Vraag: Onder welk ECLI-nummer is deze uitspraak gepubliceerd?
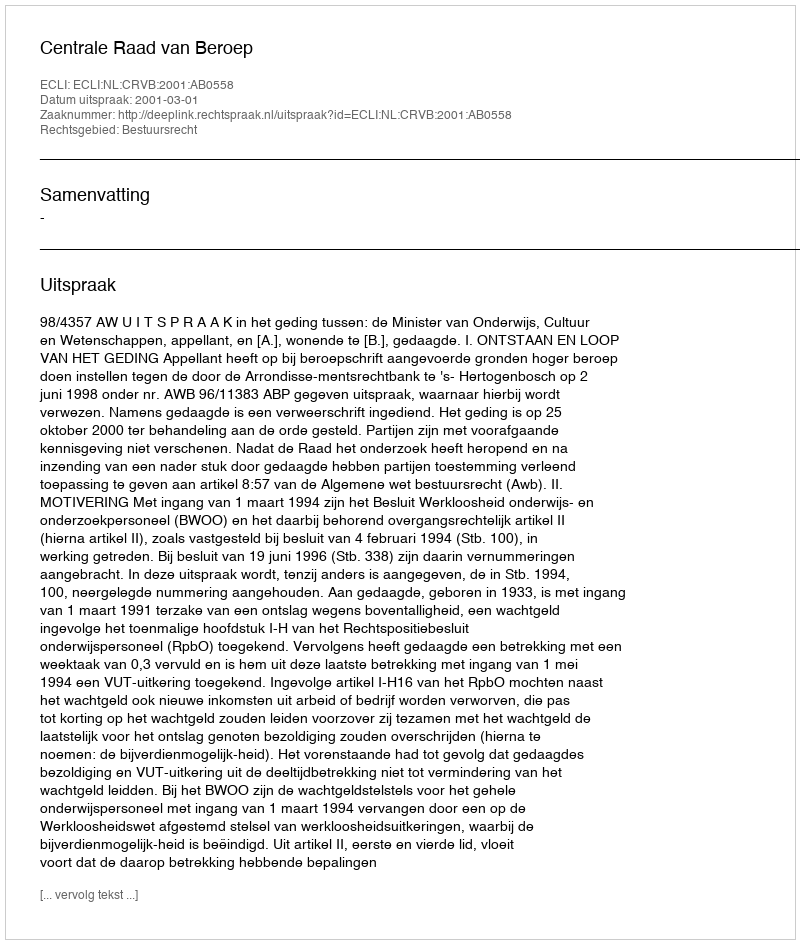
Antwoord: ECLI:NL:CRVB:2001:AB0558